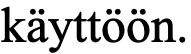
käyttöön.